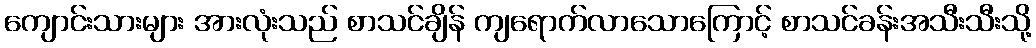
ကျောင်းသားများ အားလုံးသည် စာသင်ချိန် ကျရောက်လာသောကြောင့် စာသင်ခန်းအသီးသီးသို့